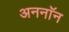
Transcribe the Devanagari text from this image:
अननाॅन